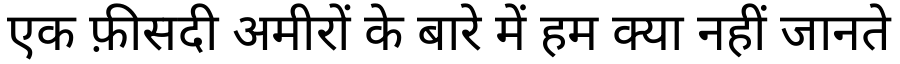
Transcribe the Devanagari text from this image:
एक फ़ीसदी अमीरों के बारे में हम क्या नहीं जानते